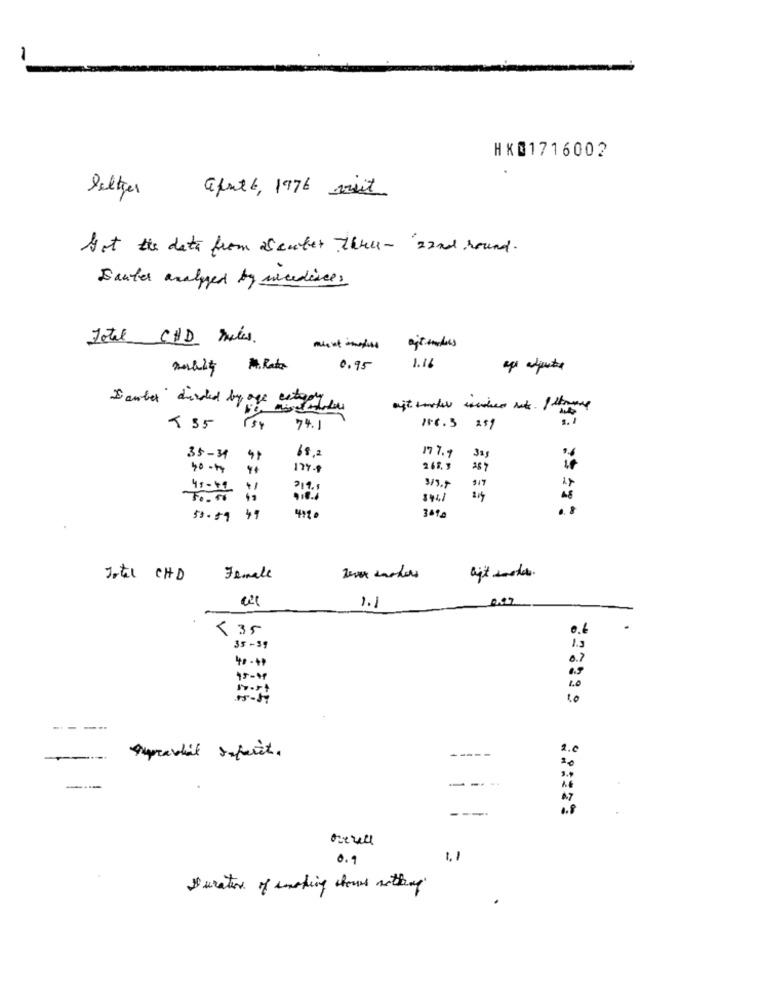
-
HK01716002
better
afritt, 1976 visit
Not the data from Scuter three- 22nd round.
Sauter analyzed by sicedince,
Total CHD miles.
1.11
0.95
Dawber divided by off ida
5. 1
< 55
74.1
11.6.3 251
68,2
177.9
35-34
40 -44
177.9
268.3
211.
3/9.+
3441
4120
55.59
41
Total CHD
Female
1.1
< 35
0.6
15
35 - 39
0.2
15 - 19
1.0
10
----
1.6
-
Aupravil sefait.
-----
---
---
0.9
1. 1
Duration of working hours withay